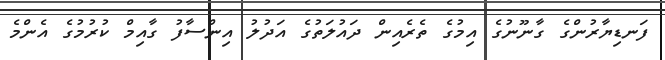
ފަނޑިޔާރުންގެ ގާނޫނުގެ އިމުގެ ތެެރެއިން ދައުލަތުގެ އަދުލު އިންސާފު ގާއިމް ކުރުމުގެ އެންމެ